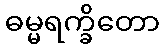
ဓမ္မရက္ခိတော